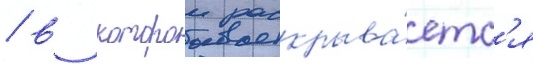
/ в которои раскрыва́етс'я